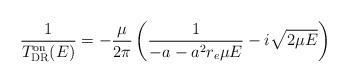
LaTeX: \begin{align*}\frac{1}{T_{\rm DR}^{\rm on}(E)}=-\frac{\mu}{2 \pi}\left(\frac{1}{-a - a^2 r_e \mu E} - i\sqrt{2 \mu E} \right)\end{align*}